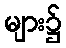
များ၌